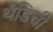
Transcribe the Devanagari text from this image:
थंडिची